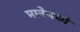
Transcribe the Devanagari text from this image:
मानेमध्ये